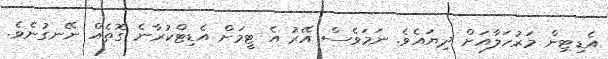
އެޑިޓިން މަރުހަލާއަށް ދިޔައެވެ. ނަމަވެސް އޭރު އެ ޓީމަށް އެޑިޓްކުރާނެ ގޮތެއް ނޭނގުނެވެ.